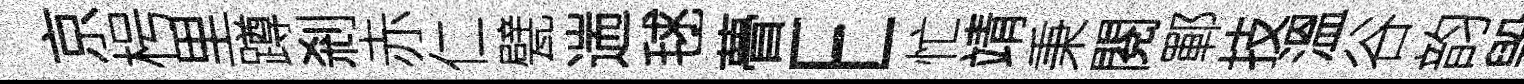
京枵里蹲剎赤仁甓遄毬瞢E忙靖秉閱鄆技溫谷韵毁